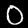
Label: 0